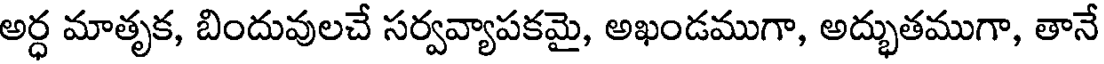
అర్ధ మాతృక, బిందువులచే సర్వవ్యాపకమై, అఖండముగా, అద్భుతముగా, తానే